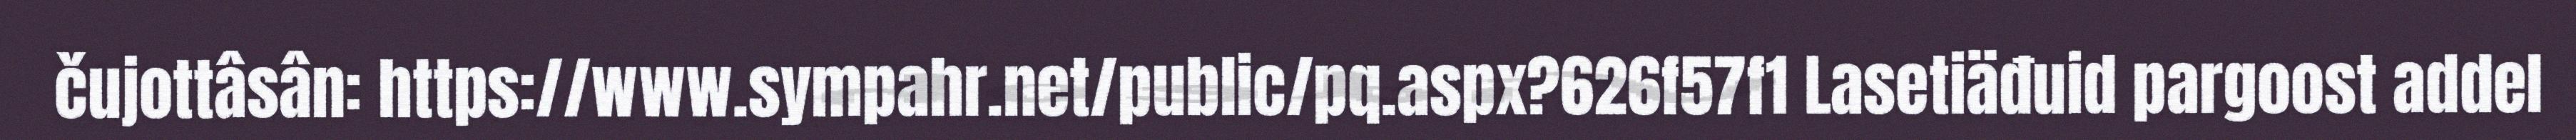
čujottâsân: https://www.sympahr.net/public/pq.aspx?626f57f1 Lasetiäđuid pargoost addel